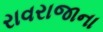
રાવરાજાના